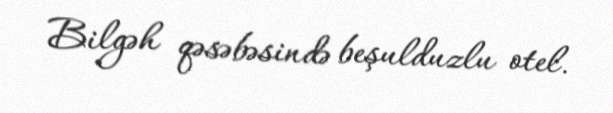
Bilgəh qəsəbəsində beşulduzlu otel.